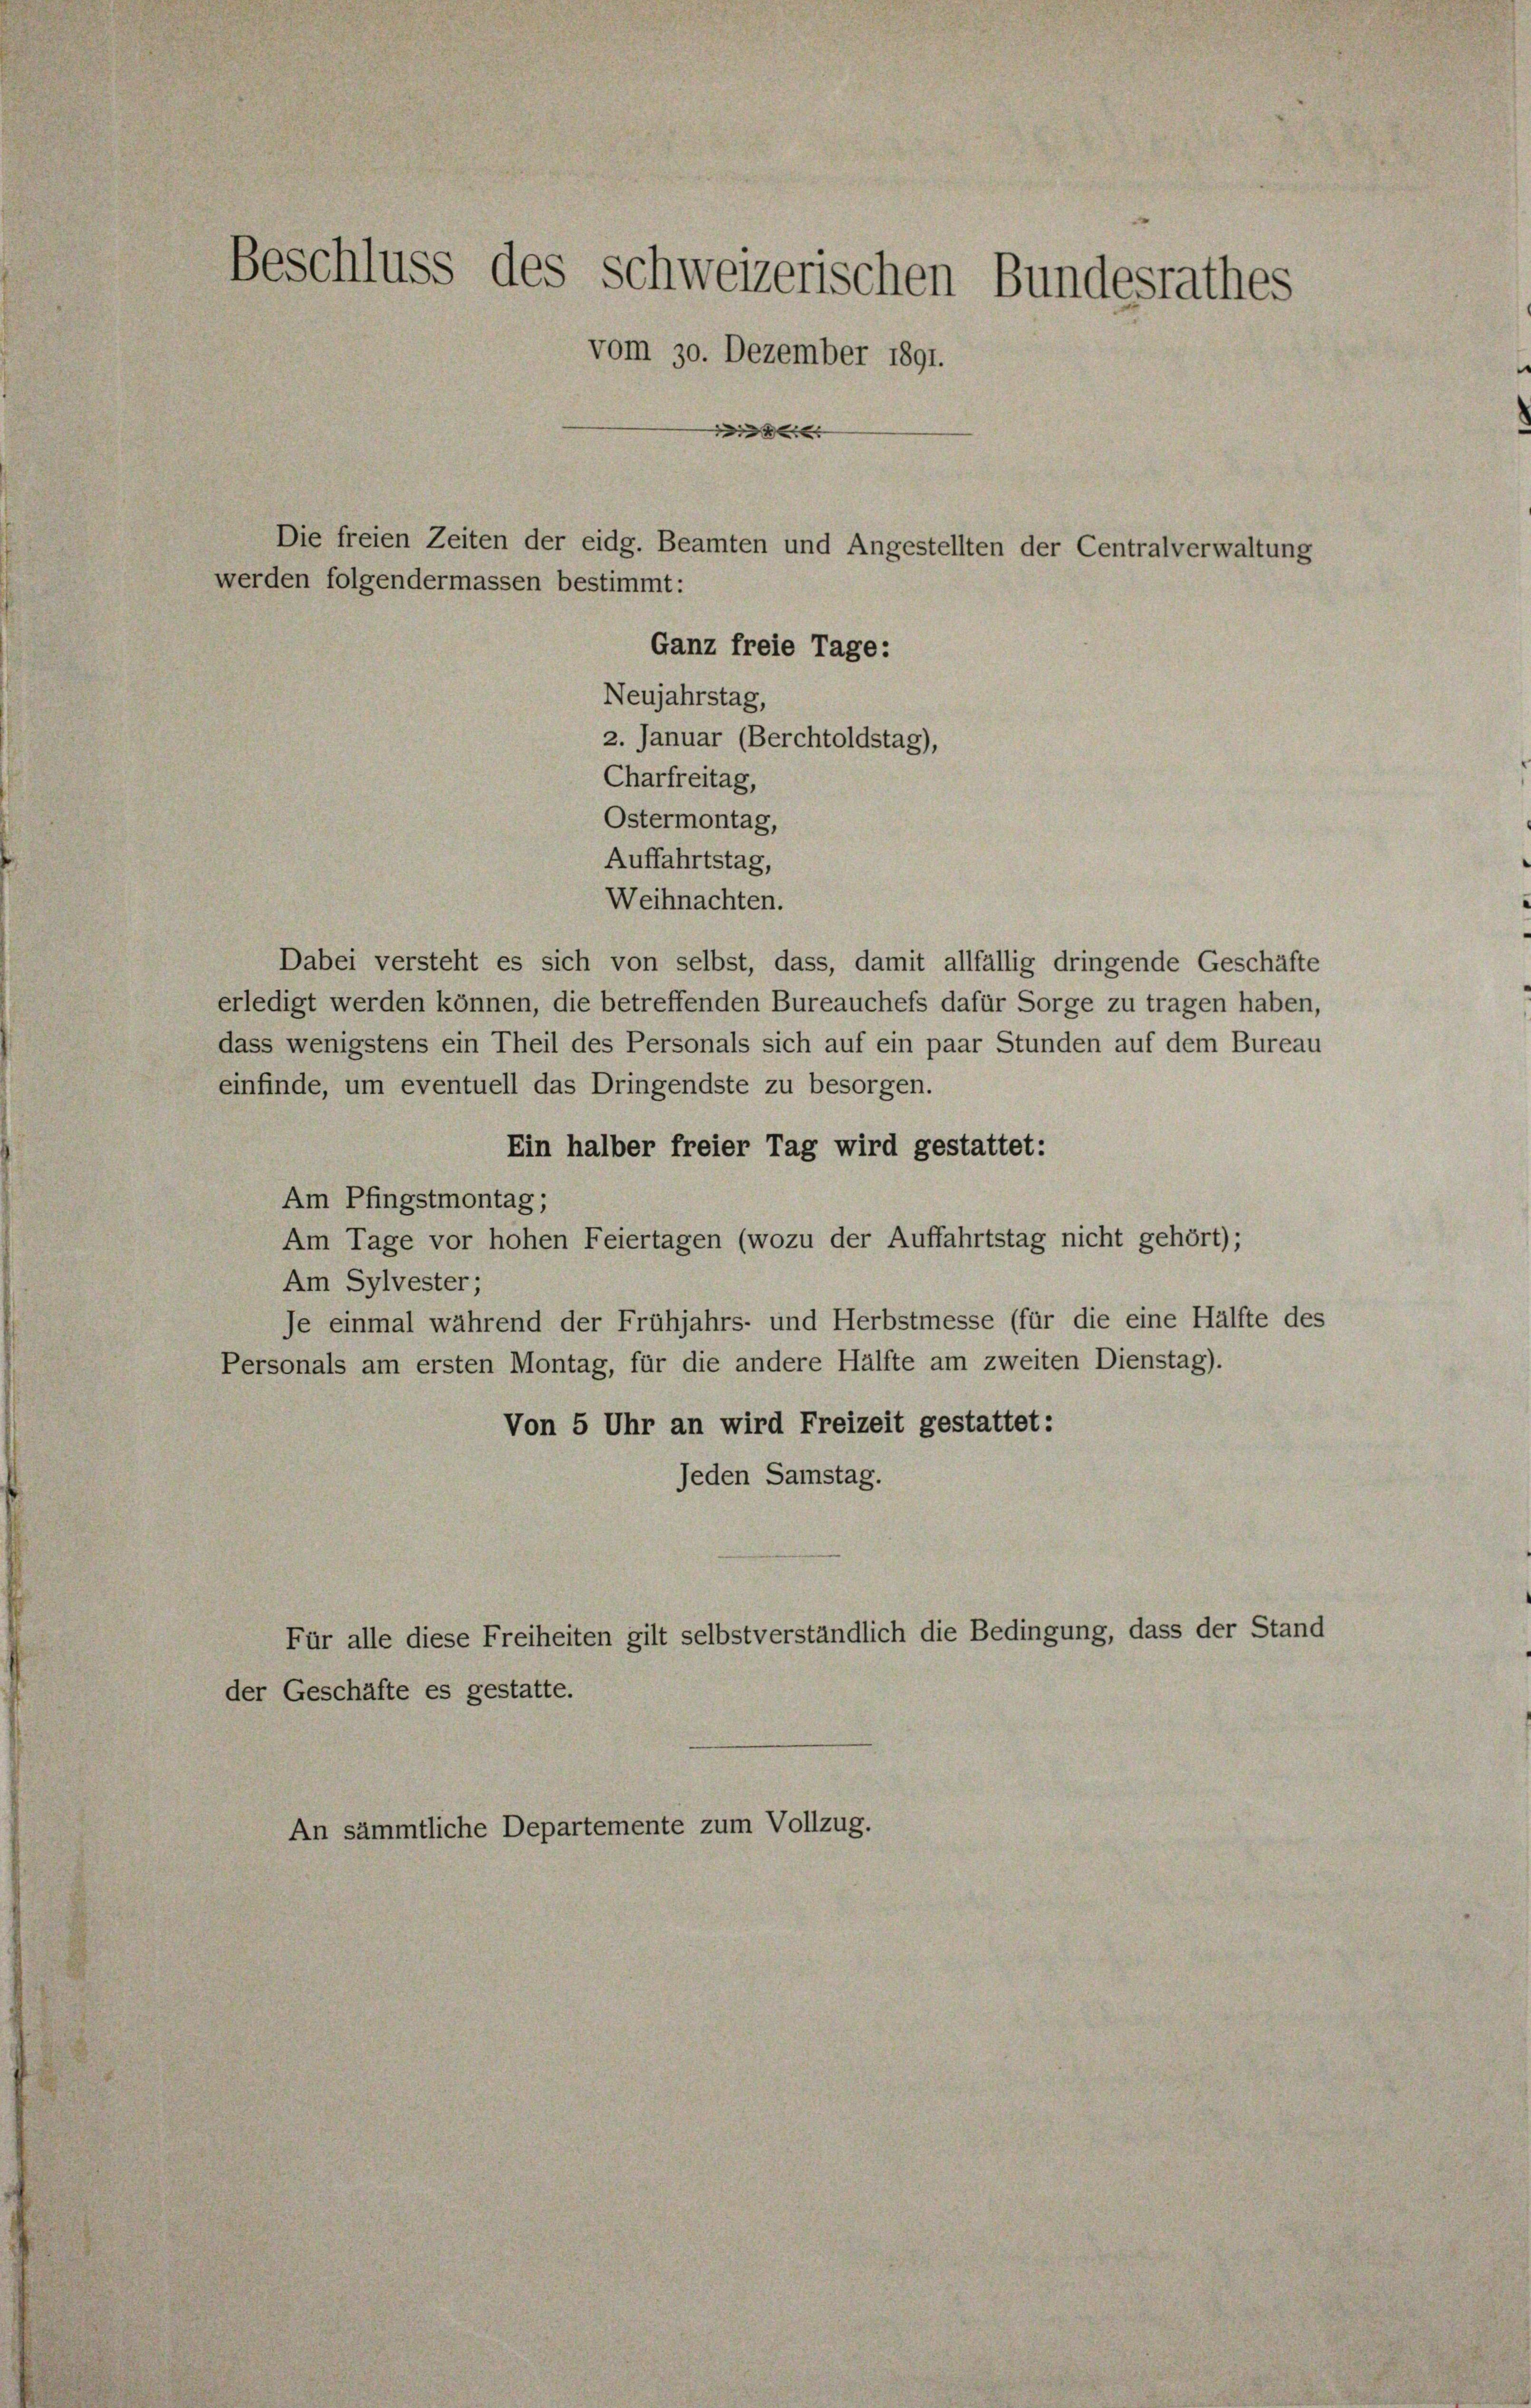
s
Beschluss des Schweizerischen Bundesrathes
vom 30. Dezember 1891.
2
Die freien Zeiten der eidg. Beamten und Angestellten der Centralverwaltung

werden folgendermassen bestimmt:
Ganz freie Tage:
Neujahrstag,
2. Januar (Berchtoldstag),
Charfreitag,
Ostermontag,
Auffahrtstag,
Weihnachten.
Dabei versteht es sich von selbst, dass, damit allfällig dringende Geschäfte
erledigt werden können, die betreffenden Bureauchefs dafür Sorge zu tragen haben,
dass wenigstens ein Theil des Personals sich auf ein paar Stunden auf dem Bureau
einfinde, um eventuell das Dringendste zu besorgen.
Ein halber freier Tag wird gestattet:
Am Pfingstmontag;
Am Tage vor hohen Feiertagen (wozu der Auffahrtstag nicht gehört);
Am Sylvester;
Je einmal während der Frühjahrs- und Herbstmesse (für die eine Hälfte des
Personals am ersten Montag, für die andere Hälfte am zweiten Dienstag).
Von 5 Uhr an wird Freizeit gestattet:
Jeden Samstag.
Für alle diese Freiheiten gilt selbstverständlich die Bedingung, dass der Stand
der Geschäfte es gestatte.
An sämmtliche Departemente zum Vollzug.